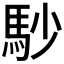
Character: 𩡾